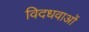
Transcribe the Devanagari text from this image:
विदधवाओं